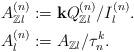
LaTeX: \begin{align*}A^{(n)}_{\mathbb{Z}l}&:=\mathbf{k}Q^{(n)}_{\mathbb{Z}l}/I^{(n)}_l.\\A^{(n)}_{l}&:=A_{\mathbb{Z}l}/\tau^k_n.\end{align*}